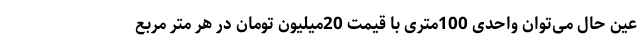
عین حال می‌توان واحدی 100متری با قیمت 20میلیون تومان در هر متر مربع